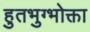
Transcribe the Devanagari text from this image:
हुतभुग्भोक्ता